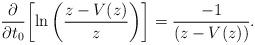
LaTeX: \begin{align*}\frac{\partial}{\partial t_{0}} \biggl[ \ln \left(\frac{z-V(z)}{z}\right) \biggr] = \frac{-1}{\left( z-V(z)\right)} .\end{align*}